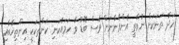
ހަދާ ތަނަކަށް ނުވާތީ އެންމެންނަށް ވެސް ބޮޑު ވާ ހަމައެކަނި ކަންތަކަކީ އިންތިޚާބާއި